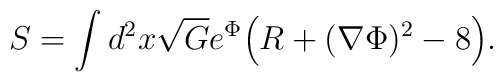
S=\int d^2x \sqrt{G} e^{\Phi}\Bigl(R+(\nabla\Phi)^2-8\Bigr).